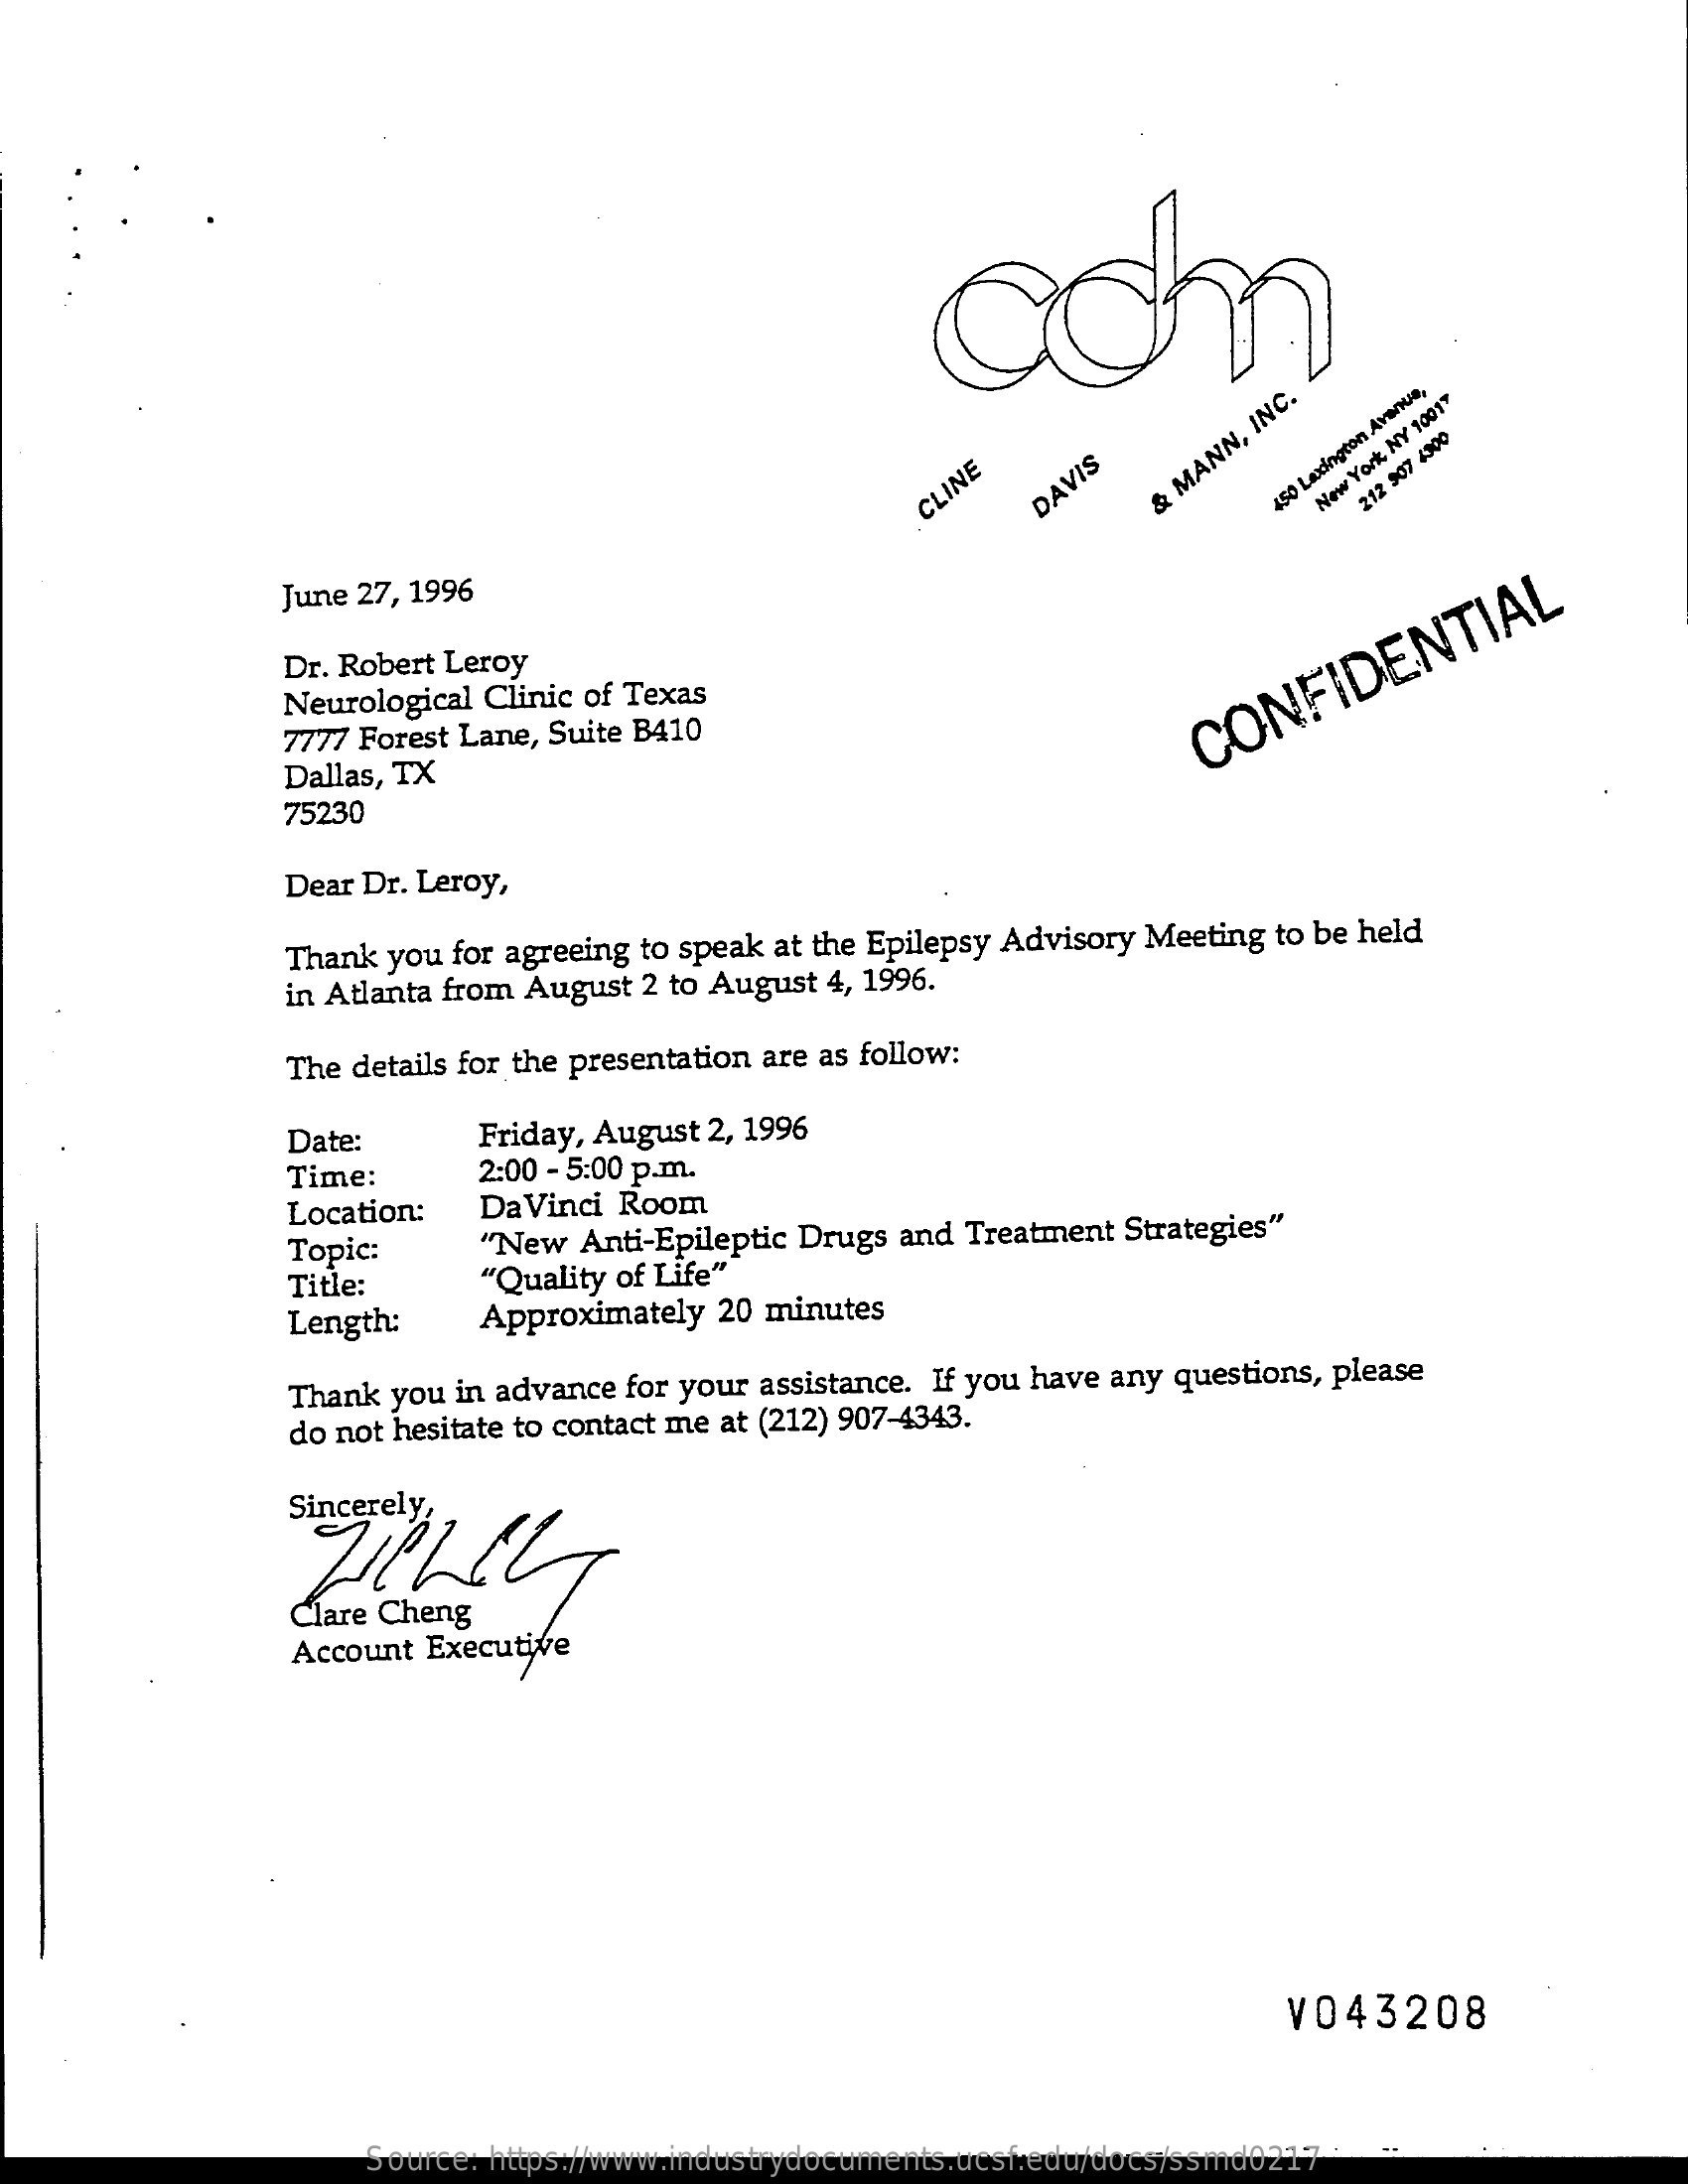
com
     CLINE DAVIS
     &
     MANN,
     INC.
     450
     Lexington
     Avenue,
     New
     York
     NY
     10017
     212
     907
     4300
     June 27, 1996
     Dr. Robert Leroy
     Neurological Clinic of Texas
     7777 Forest Lane, Suite B410
     Dallas, TX
     CONFIDENTIAL
     75230
     Dear Dr. Leroy,
     Thank you for agreeing to speak at the Epilepsy Advisory Meeting to be held
     in Atlanta from August 2 to August 4, 1996.
     The details for the presentation are as follow:
     Date:    Friday, August 2, 1996
     Time:    2:00 - 5:00 p.m.
     Location:  DaVinci Room
     Topic:    "New Anti-Epileptic Drugs and Treatment Strategies"
     Title:    "Quality of Life""
     Length:    Approximately 20 minutes
     Thank you in advance for your assistance. If you have any questions, please
     do not hesitate to contact me at (212) 907-4343.
     Sincerely
     Account Executive
     V043208
     Source: https://www.industrydocuments.ucsf.edu/docs/ssmd0217